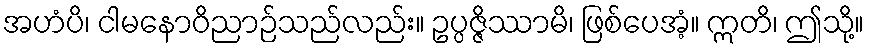
အဟံပိ၊ ငါမနောဝိညာဉ်သည်လည်း။ ဥပ္ပဇ္ဇိဿာမိ၊ ဖြစ်ပေအံ့။ ဣတိ၊ ဤသို့။